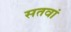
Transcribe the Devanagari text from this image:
सतवां